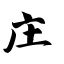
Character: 庄